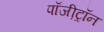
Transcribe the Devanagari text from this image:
पॉजी़ट्रॉन